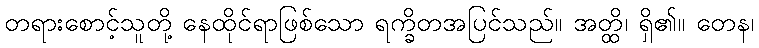
တရားစောင့်သူတို့ နေထိုင်ရာဖြစ်သော ရက္ခိတအပြင်သည်။ အတ္ထိ၊ ရှိ၏။ တေန၊